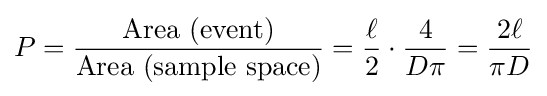
P={\frac {\text{Area (event)}}{\text{Area (sample space)}}}={\frac {\ell }{2}}\cdot {\frac {4}{D\pi }}={\frac {2\ell }{\pi D}}